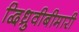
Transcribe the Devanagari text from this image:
द्विध्रुवीबीमारी